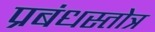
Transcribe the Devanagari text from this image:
प्रबंधस्तोत्र